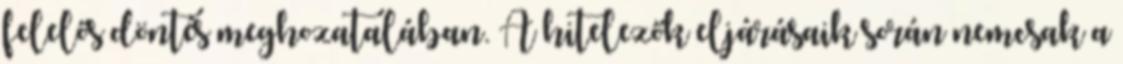
felelős döntés meghozatalában. A hitelezők eljárásaik során nemcsak a